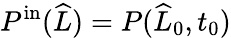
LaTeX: P^{\mathrm{in}}(\widehat{L})=P(\widehat{L}_{0},t_{0})